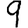
Digit: 9